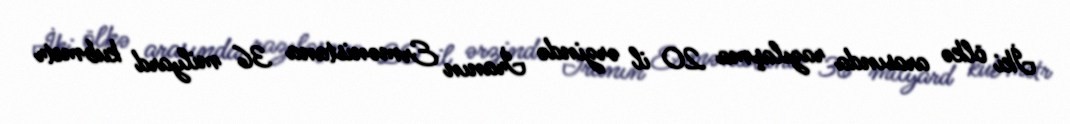
İki ölkə arasında razılaşma 20 il ərzində İranın Ermənistana 36 milyard kubmetr